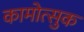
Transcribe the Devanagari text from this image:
कामोत्सुक